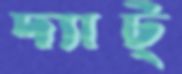
দ্যাট্